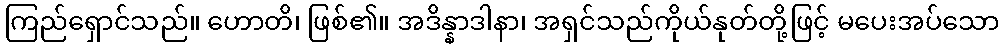
ကြည်ရှောင်သည်။ ဟောတိ၊ ဖြစ်၏။ အဒိန္နာဒါနာ၊ အရှင်သည်ကိုယ်နုတ်တို့ဖြင့် မပေးအပ်သော